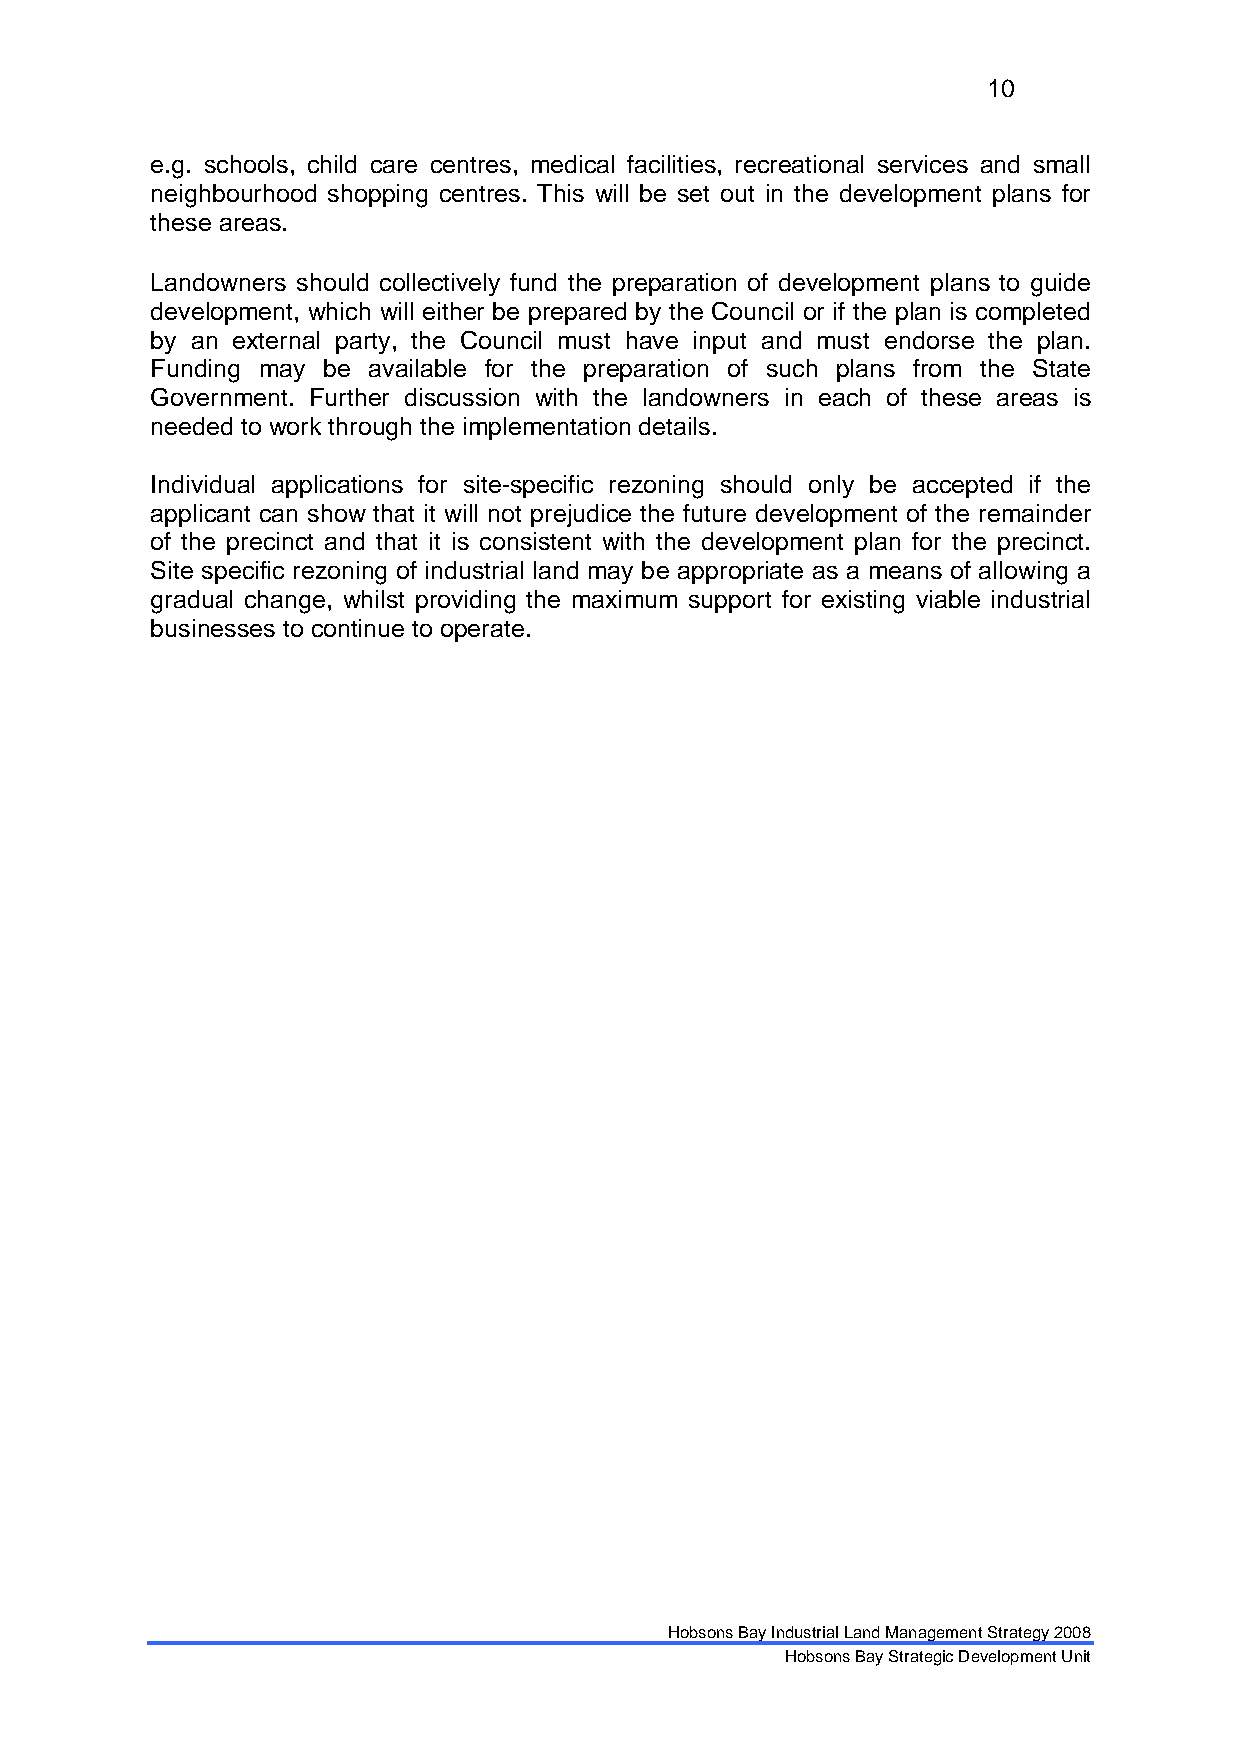
10
 e.g. schools, child care centres, medical facilities, recreational services and small
 neighbourhood shopping centres. This will be set out in the development plans for
 these areas.
 Landowners should collectively fund the preparation of development plans to guide
 development, which will either be prepared by the Council or if the plan is completed
 by an external party, the Council must have input and must endorse the plan.
 Funding may be available for the preparation of such plans from the State
 Government. Further discussion with the landowners in each of these areas is
 needed to work through the implementation details.
 Individual applications for site-specific rezoning should only be accepted if the
 applicant can show that it will not prejudice the future development of the remainder
 of the precinct and that it is consistent with the development plan for the precinct.
 Site specific rezoning of industrial land may be appropriate as a means of allowing a
 gradual change, whilst providing the maximum support for existing viable industrial
 businesses to continue to operate.
 Hobsons Bay Industrial Land Management Strategy 2008
 Hobsons Bay Strategic Development Unit